Report by Surgeon-Major Lyons, I.M.S., President of the Plague Research Committee - Part I
Disease focus: Plague
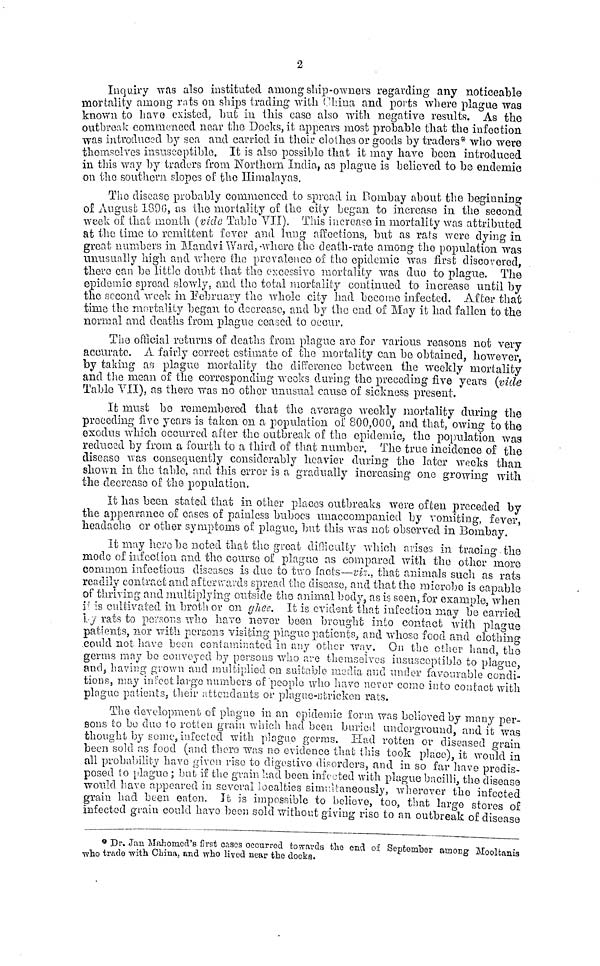
2
Inquiry was also instituted among ship-owners regarding any noticeable
mortality among rats on ships trading with China and ports where plague was
known to have existed, but in this case also with negative results. As the
outbreak commenced near the Docks, it appears most probable that the infection
was introduced by sea and carried in their clothes or goods by traders* who were
themselves insusceptible. It is also possible that it may have been introduced
in this way by traders from Northern India, as plague is believed to be endemic
on the southern slopes of the Himalayas.
The disease probably commenced to spread in Bombay about the beginning
of August 1896, as the mortality of the city began to increase in the second
week of that month (vide Table VII). This increase in mortality was attributed
at the time to remittent fever and lung affections, but as rats were dying in
great numbers in Mandvi Ward,-whore the death-rate among the population was
unusually high and where the prevalence of the epidemic was first discovered,
there can be little doubt that the excessive mortality was due to plague. The
epidemic spread slowly, and the total mortality continued to increase until by
the second week in February the whole city had become infected. After that
timo the mortality began to decrease, and by the end of May it had fallen to the
normal and deaths from plague ceased to occur.
The official returns of deaths from plague aro for various reasons not very
accurate. A fairly correct estimate of the mortality can be obtained, however,
by taking as plague mortality the difference between the weekly mortality
and the mean of the corresponding weeks during the preceding five years (vide
Table VII), as there was no other unusual cause of sickness present.
It must be remembered that the average weekly mortality during the
preceding five years is taken on a population of 800,000, and that, owing to the
exodus which occurred after the outbreak of the epidemic, the population was
reduced by from a fourth to a third of that number. The true incidence of the
disease was consequently considerably heavier during the later weeks than
shown in the table, and this error is a gradually increasing one growing with
the decrease of the population.
It has been stated that in other places outbreaks were often preceded by
the appearance of cases of painless buboes unaccompanied by vomiting, fever,
headache or other symptoms of plague, but this was not observed in Bombay.
It may here be noted that the great difficulty which arises in tracing the
mode of infection and the course of plague as compared with the other more
common infectious diseases is due to two facts—viz., that animals such as rats
readily contract and afterwards spread the disease, and that the microbe is capable
of thriving and multiplying outside the animal body, as is seen, for example, when
it is cultivated in broth or on ghee. It is evident that infection may be carried
by rats to persons who have never been brought into contact with plague
patients, nor with persons visiting plague patients, and whose food and clothing
could not have been contaminated in any other way. On the other hand the
germs may bo convoyed by persons who are themselves insusceptible to plague,
and, having grown and multiplied on suitable media and under favourable condi-
tions, may infect large numbers of people who have never come into contact with
plague patients, their attendants or plague-stricken rats.
The development of plague in an epidemic form was believed by many per-
sons to be duo to rotten grain which had been buried underground, and it was
thought by some, infected with plague germs. Had rotten or diseased grain
been sold as food (and there was no evidence that this took place), it would in
all probability have given rise to digestive disorders, and in so far have predis-
posed to plague ; but if the grain had been infected with plague bacilli, the disease
would have appeared in several localties simultaneously, wherever the infected
grain had been eaten. It is impossible to believe, too, that large stores of
infected grain could have been sold without giving rise to an outbreak of disease
* Dr. Jan Mahomed's first casos occurred towards the end oí September among Mooltanis
who trade with China, and who lived near the docks.